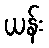
ယန်း